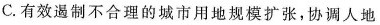
C.有效遏制不合理的城市用地规模扩张，协调人地